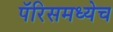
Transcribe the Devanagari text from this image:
पॅरिसमध्येच